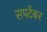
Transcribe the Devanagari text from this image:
सपटेंबर